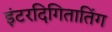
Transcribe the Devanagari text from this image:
इंटरदिगितातिंग